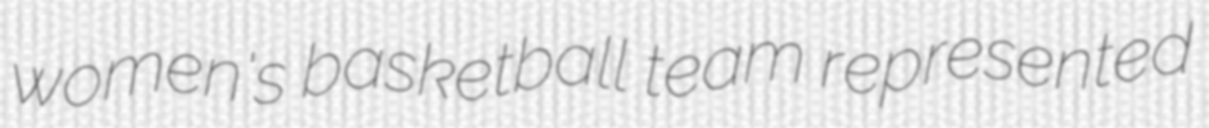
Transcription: women's basketball team represented